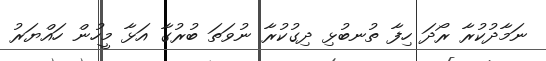
ނަމާދުކުރާ ރޯދަ ހިފާ ތުނބުޅި ދިގުކުރާ ނުވަތަ ބުރުގާ އަޅާ މީހުން ހައްޔަރު